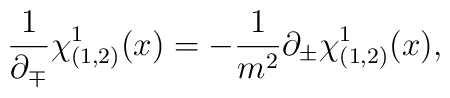
\frac{1}{\partial_\mp}\chi^1_{(1,2)}(x) = -\frac{1}{m^2} \partial_\pm \chi^1_{(1,2)}(x),